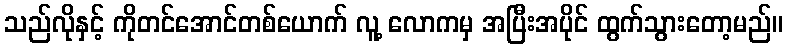
သည်လိုနှင့် ကိုတင်အောင်တစ်ယောက် လူ့ လောကမှ အပြီးအပိုင် ထွက်သွားတော့မည်။